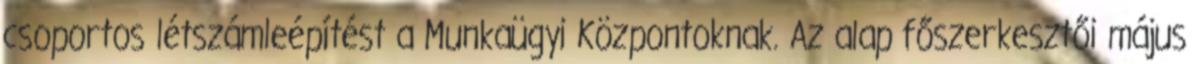
csoportos létszámleépítést a Munkaügyi Központoknak. Az alap főszerkesztői május